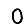
Digit: 0